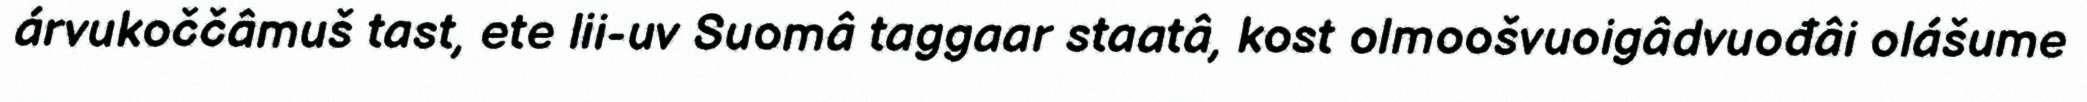
árvukoččâmuš tast, ete lii-uv Suomâ taggaar staatâ, kost olmoošvuoigâdvuođâi olášume